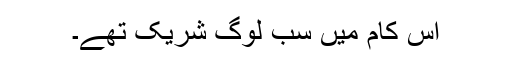
اس کام میں سب لوگ شریک تھے۔